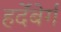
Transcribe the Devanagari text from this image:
हर्देंबेर्ग